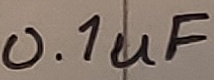
Text: 0.1uF